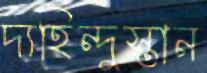
দ্যহিন্দুস্তান